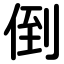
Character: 倒